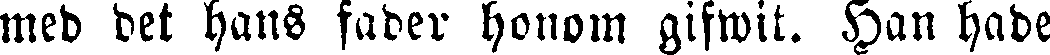
med det hans fader honom gifwit. Han hade